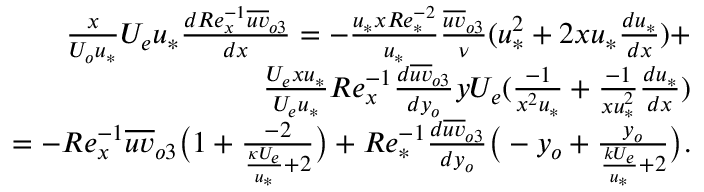
\begin{array} { r } { \frac { x } { U _ { o } u _ { * } } U _ { e } u _ { * } \frac { d R e _ { x } ^ { - 1 } \overline { { u v } } _ { o 3 } } { d x } = - \frac { u _ { * } x R e _ { * } ^ { - 2 } } { u _ { * } } \frac { \overline { { u v } } _ { o 3 } } { \nu } ( u _ { * } ^ { 2 } + 2 x u _ { * } \frac { d u _ { * } } { d x } ) + } \\ { \frac { U _ { e } x u _ { * } } { U _ { e } u _ { * } } R e _ { x } ^ { - 1 } \frac { d \overline { { u v } } _ { o 3 } } { d y _ { o } } y U _ { e } ( \frac { - 1 } { x ^ { 2 } u _ { * } } + \frac { - 1 } { x u _ { * } ^ { 2 } } \frac { d u _ { * } } { d x } ) } \\ { = - R e _ { x } ^ { - 1 } \overline { { u v } } _ { o 3 } \big ( 1 + \frac { - 2 } { \frac { \kappa U _ { e } } { u _ { * } } + 2 } \big ) + R e _ { * } ^ { - 1 } \frac { d \overline { { u v } } _ { o 3 } } { d y _ { o } } \big ( - y _ { o } + \frac { y _ { o } } { \frac { k U _ { e } } { u _ { * } } + 2 } \big ) . } \end{array}